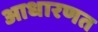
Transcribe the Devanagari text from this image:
आधारणत